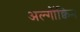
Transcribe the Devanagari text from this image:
अल्गोंक्विन